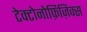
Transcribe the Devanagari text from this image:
टेक्टोनोफ़िज़िक्स